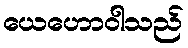
ယေဟောဝါသည်